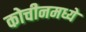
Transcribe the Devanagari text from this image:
कोचीनमध्ये